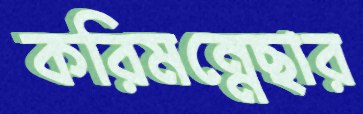
করিমন্নেছার